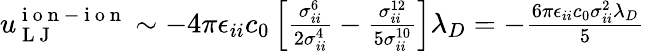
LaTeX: \begin{array}{r}{u_{\mathrm{~L~J~}}^{\mathrm{~i~o~n~-~i~o~n~}}\sim-4\pi\epsilon_{ii}c_{0}\left[\frac{\sigma_{ii}^{6}}{2\sigma_{ii}^{4}}-\frac{\sigma_{ii}^{12}}{5\sigma_{ii}^{10}}\right]\lambda_{D}=-\frac{6\pi\epsilon_{ii}c_{0}\sigma_{ii}^{2}\lambda_{D}}{5}}\end{array}